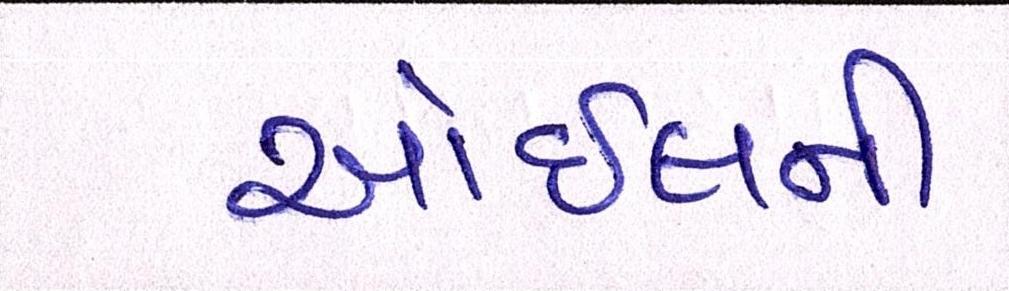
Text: ઓઈલની